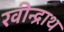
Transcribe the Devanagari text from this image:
रवीन्द्राथ